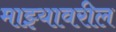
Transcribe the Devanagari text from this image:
माझ्यावरील